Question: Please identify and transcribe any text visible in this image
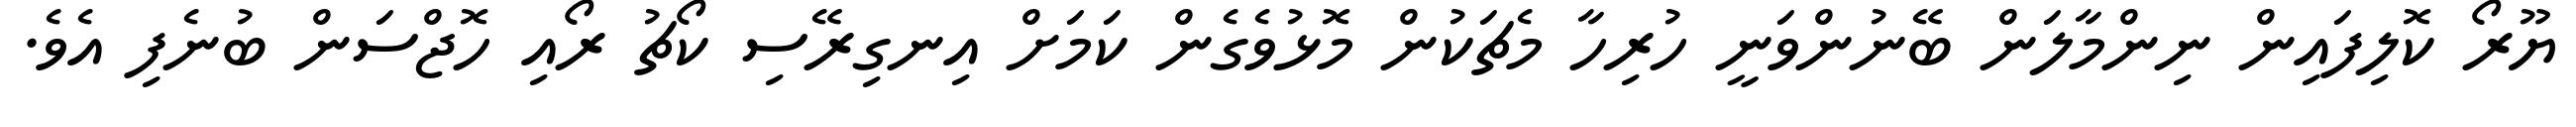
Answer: ޔޫރޯ ކޮލިފައިން ނިންމާލަން ބޭނުންވަނީ ހުރިހާ މެޗަކުން މޮޅުވެގެން ކަމަށް އިނގިރޭސި ކޯޗު ރޯއި ހޮޖްސަން ބުނެފި އެވެ.